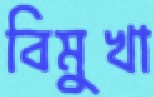
বিমুখা